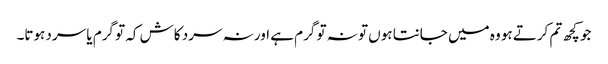
جو کچھ تم کرتے ہو وہ میں جانتا ہوں تو نہ تو گرم ہے اور نہ سرد کاش کہ تو گرم یا سرد ہوتا۔